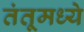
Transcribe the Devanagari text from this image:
तंतूमध्ये